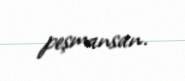
peşmansan.